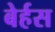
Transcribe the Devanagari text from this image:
बेर्हस